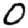
Digit: 0